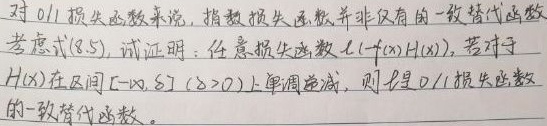
对0/1损失函数来说，指数损失函数并非仅有的一致替代函数。考虑式(8.5)，试证明：任意损失函数 $\ell (-f(\boldsymbol{x})H(\boldsymbol{x}))$，若对于$H(\boldsymbol{x})$在区间 $[-\infty, \delta](\delta > 0)$ 上单调递减，则它是0/1损失函数的一致替代函数。